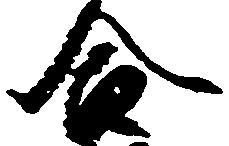
合